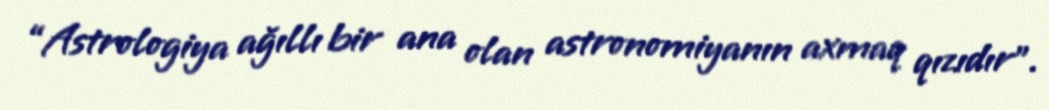
“Astrologiya ağıllı bir ana olan astronomiyanın axmaq qızıdır”.